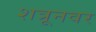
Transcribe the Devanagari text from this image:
शत्रूनवर